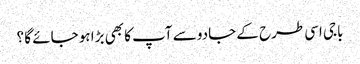
باجی اسی طرح کے جادو سے آپ کا بھی بڑا ہو جائے گا ؟